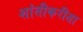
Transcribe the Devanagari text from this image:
शांतीकरीता